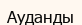
Ауданды